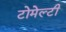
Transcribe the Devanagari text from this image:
टोमेल्टी